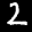
Label: 2